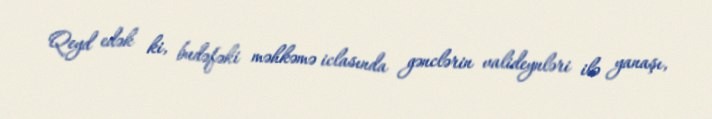
Qeyd edək ki, budəfəki məhkəmə iclasında gənclərin valideynləri ilə yanaşı,